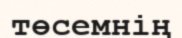
төсемнің